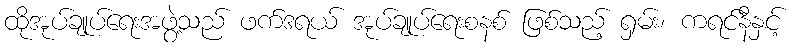
ထိုအုပ်ချုပ်ရေးအဖွဲ့သည် ဖက်ဒရယ် အုပ်ချုပ်ရေးစနစ် ဖြစ်သည့် ရှမ်း၊ ကရင်နီနှင့်